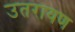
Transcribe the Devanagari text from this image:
उतरायण